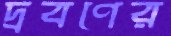
দ্রবণের